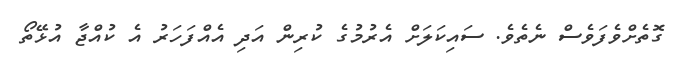
ގޮތެށްވެފަވެސް ނެތެވެ. ސައިކަލަށް އެރުމުގެ ކުރިން އަދި އެއްފަހަރު އެ ކުއްޖާ އުޅޭތޯ